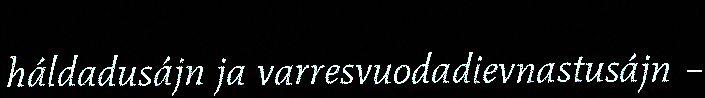
háldadusájn ja varresvuodadievnastusájn –